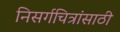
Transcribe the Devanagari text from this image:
निसर्गचित्रांसाठी